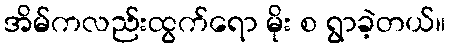
အိမ်ကလည်းထွက်ရော မိုး စ ရွာခဲ့တယ်။